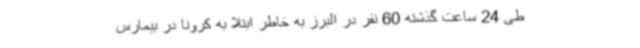
طی 24 ساعت گذشته 60 نفر در البرز به خاطر ابتلا به کرونا در بیمارس